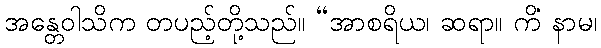
အန္တေဝါသိက တပည့်တို့သည်။ “အာစရိယ၊ ဆရာ။ ကိံ နာမ၊